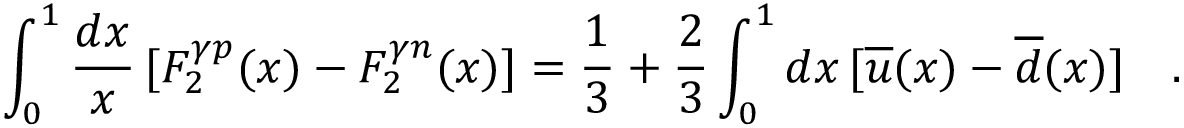
\int _ { 0 } ^ { 1 } \frac { d x } { x } \, [ F _ { 2 } ^ { \gamma p } ( x ) - F _ { 2 } ^ { \gamma n } ( x ) ] = \frac { 1 } { 3 } + \frac { 2 } { 3 } \int _ { 0 } ^ { 1 } d x \, [ \overline { { u } } ( x ) - \overline { { d } } ( x ) ] \ \ \ .